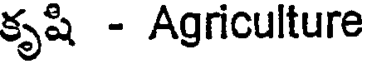
కృషి - Agriculture